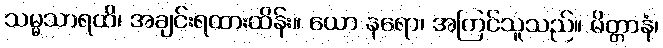
သမ္မသာရထိ၊ အချင်းရထားထိန်း။ ယော နရော၊ အကြင်သူသည်။ မိတ္တာနံ၊